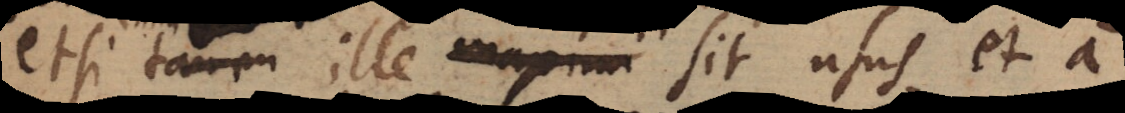
etsi tamen ille maxima sit usus, et a